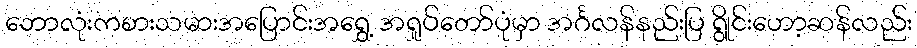
ဘောလုံးကစားသမားအပြောင်းအရွှေ့ အရှုပ်တော်ပုံမှာ အင်္ဂလန်နည်းပြ ရွိုင်းဟော့ဆန်လည်း